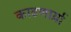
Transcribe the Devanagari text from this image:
काढणार्य़ा